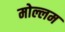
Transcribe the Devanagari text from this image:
मोल्लम